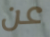
عن